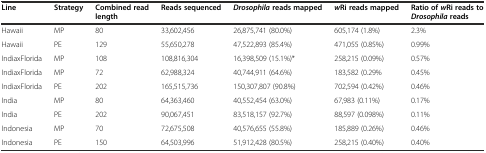
| Line | Strategy | Combined read length | Reads sequenced | Drosophilareads mapped | wRi reads mapped | Ratio ofwRi reads toDrosophilareads |
 | --- | --- | --- | --- | --- | --- | --- |
 | Hawaii | MP | 80 | 33,602,456 | 26,875,741 (80.0%) | 605,174 (1.8%) | 2.3% |
 | Hawaii | PE | 129 | 55,650,278 | 47,522,893 (85.4%) | 471,055 (0.85%) | 0.99% |
 | IndiaxFlorida | MP | 108 | 108,816,304 | 16,398,509 (15.1%)* | 258,215 (0.09%) | 0.57% |
 | IndiaxFlorida | MP | 72 | 62,988,324 | 40,744,911 (64.6%) | 183,582 (0.29% | 0.45% |
 | IndiaxFlorida | PE | 202 | 165,515,736 | 150,307,807 (90.8%) | 702,594 (0.42%) | 0.46% |
 | India | MP | 80 | 64,363,460 | 40,552,454 (63.0%) | 67,983 (0.11%) | 0.17% |
 | India | PE | 202 | 90,067,451 | 83,518,157 (92.7%) | 88,597 (0.098%) | 0.11% |
 | Indonesia | MP | 70 | 72,675,508 | 40,576,655 (55.8%) | 185,889 (0.26%) | 0.46% |
 | Indonesia | PE | 150 | 64,503,996 | 51,912,428 (80.5%) | 258,215 (0.40%) | 0.40% |